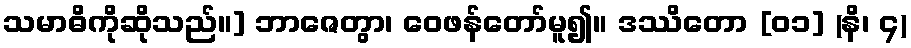
သမာဓိကိုဆိုသည်။] ဘာဇေတွာ၊ ဝေဖန်တော်မူ၍။ ဒဿိတော [၀၁] (နိ၊ ၄)